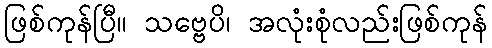
ဖြစ်ကုန်ပြီ။ သဗ္ဗေပိ၊ အလုံးစုံလည်းဖြစ်ကုန်